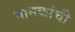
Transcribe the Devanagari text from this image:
मानकांची